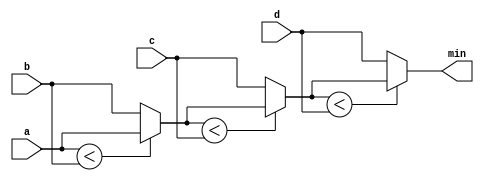
module top_module (
    input [7:0] a, b, c, d,
    output [7:0] min);//

    // assign intermediate_result1 = compare? true: false;
    wire [7:0] intermdiate_result1, intermdiate_result2, intermdiate_result3;
    assign intermdiate_result1 = (a < b)? a : b;
    assign intermdiate_result2 = (intermdiate_result1 < c)? intermdiate_result1 : c;
    assign intermdiate_result3 = (intermdiate_result2 < d)? intermdiate_result2 : d;
    assign min = intermdiate_result3;
endmodule